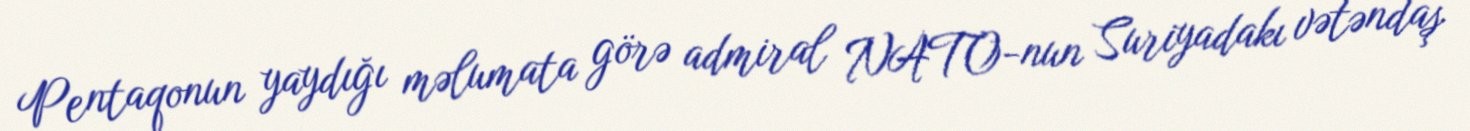
Pentaqonun yaydığı məlumata görə admiral NATO-nun Suriyadakı vətəndaş